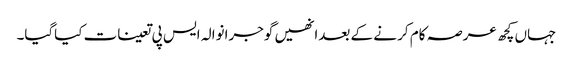
جہاں کچھ عرصہ کام کر نے کے بعدانھیں گوجرانوالہ ایس پی تعینات کیاگیا۔